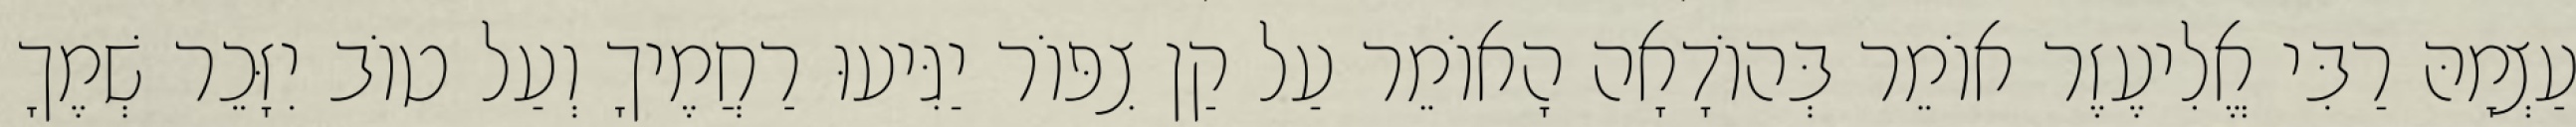
עַצְמָהּ רַבִּי אֱלִיעֶזֶר אוֹמֵר בְּהוֹדָאָה הָאוֹמֵר עַל קַן צִפּוֹר יַגִּיעוּ רַחֲמֶיךָ וְעַל טוֹב יִזָּכֵר שְׁמֶךָ